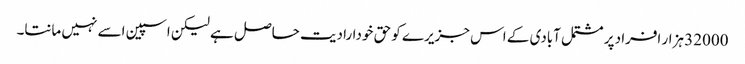
32000 ہزار افراد پر مشتمل آبادی کے اس جزیرے کو حق خودارادیت حاصل ہے لیکن اسپین اسے نہیں مانتا۔